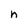
Character: n